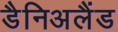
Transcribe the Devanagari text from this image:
डैनिअलैंड